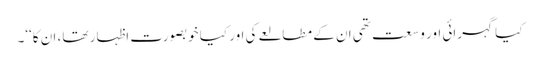
کیا گہرائی اور وسعت تھی ان کے مطالعے کی اور کیا خوبصورت اظہار تھا، ان کا‘‘۔